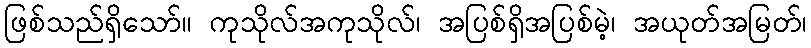
ဖြစ်သည်ရှိသော်။ ကုသိုလ်အကုသိုလ်၊ အပြစ်ရှိအပြစ်မဲ့၊ အယုတ်အမြတ်၊